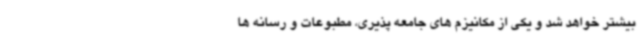
بیشتر خواهد شد و یکی از مکانیزم های جامعه پذیری، مطبوعات و رسانه ها